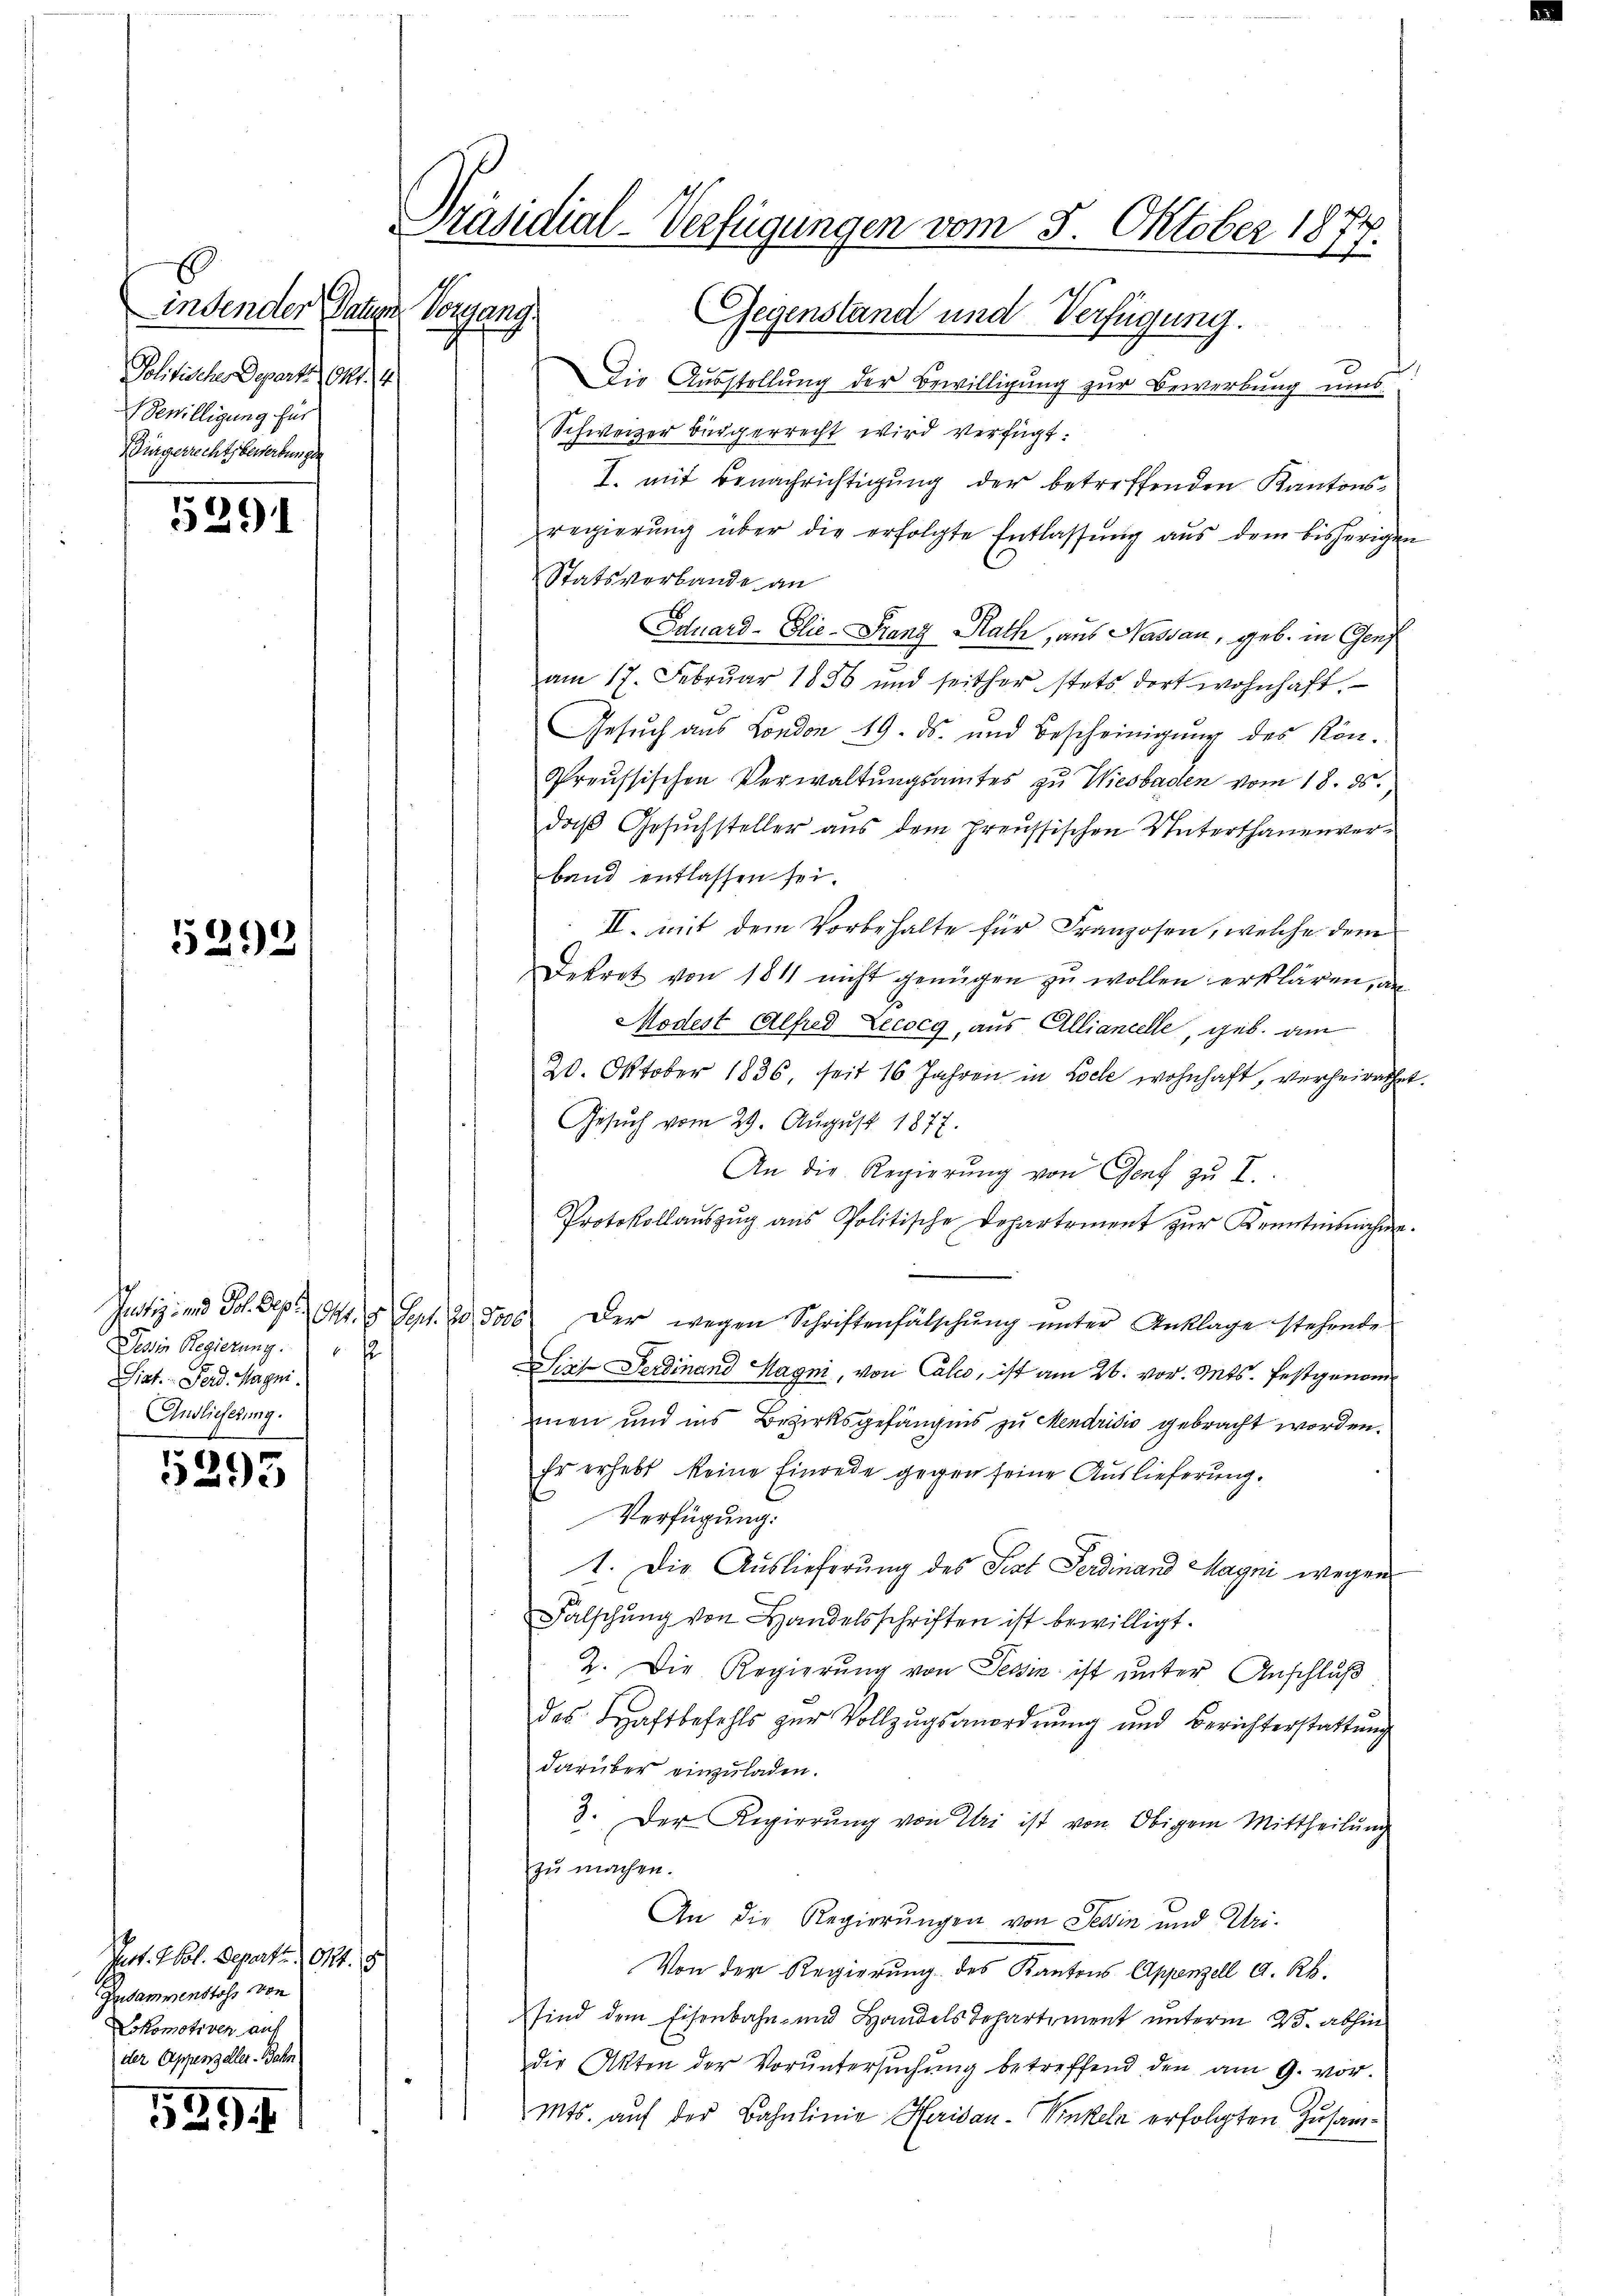
indenden Paten Vorgang.
Politische Depart. 91. 4
Bewilligung für
Bürgerrechtsbewerbungen

529

5292

Tessin Regierung
Siat. Ferd. Magni
Andlieferung.

5295

Pat. Wol. Departe 111.
Zusammenstoss von
Lokomotiven auf
der Appenzeller-Bahn

529.

Gegenstand und Verfügung.
Die Ausstellung der Bewilligung zur Bewerbung ums
Schweizer bürgerrecht wird verfügt:
I. mit Benachrichtigung der betreffenden Kantonsregierŭng über die erfolgte Entlassŭng aŭs dem bisherigen
Statsverbande an
Eduard - Elie - Franz Rath, aus Nassau, geb. in Genf
am 17. Febrŭar 1856 und seither stets dort wohnhaft.
Gesuch aus London 19. ds. und Bescheinigung des kön¬
Preussischen Verwaltungsamtes zu Wiesbaden vom 18. ds.
daß Gesuchsteller aus dem Preussischen Unterthanenverband entlassen sei.
II. mit dem Vorbehalte für Franzosen, welche dem
Dekret von 1811 nicht genügen zu wollen erklären, a
Modest Alfred Lecocg, aus Alliancelle, geb. am
20. Oktober 1836, seit 16 Jahren in Loch wohnhaft, verheirathet
Gesŭch vom 29. August 1877.
An die Regierŭng von Genf zŭ 2.
Protokollaŭszŭg aŭs Politische Departement zŭr Kenntnisnahme.
Justiz- und Joh. Sep. 944. 5. Sept. 2 5000. Der wegen Schriftenfälschŭng ŭnter Anklage stehende
Siche Ferdinand Magni, von Calio, ist am 26. vor. Mts. festgenommen und ins Bezirksgefängnis zu Mendrisis gebracht worden.
Er erhebt keine Einrede gegen seine Auslieferung.
Verfügung.
1. Die Auslieferung des Fest Ferdinand Magni wegen
Falschung von Handelsschriften ist bewilligt.
2. Die Regierung von Tessin ist unter Anschluß
des Haftbefehls zŭr Vollzŭgsanordnŭng und Berichterstattŭng
darüber einzuladen.
3. Der Regierŭng von Uri ist von Obigem Mittheilŭng
zu machen.
An die Regierungen von Tessin und Uri-
Von der Regierung des Kantons Appenzell a. Rh.
sind dem Eisenbahn- und Handels Repartement unterm 23. abhin
die Akten der Vorŭntersŭchŭng betreffend den am 9. vor.
Mts. auf der Bahnlinie Herisau-Kinkeln erfolgten Zusam¬

Präsidial-Verfügungen vom 5. Oktober 1877.